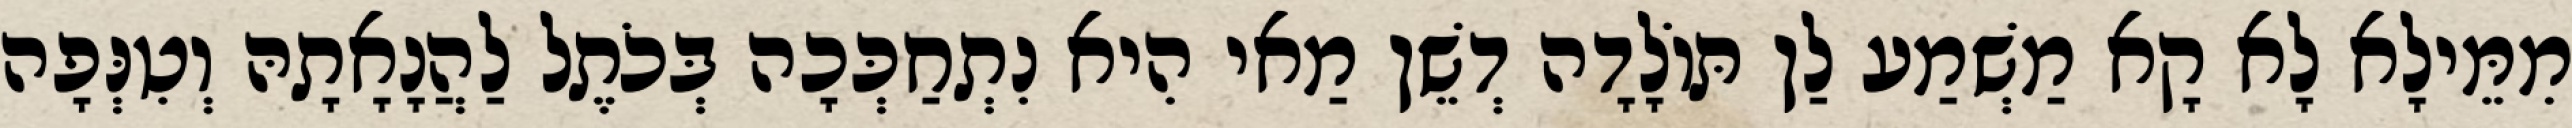
מִמֵּילָא לָא קָא מַשְׁמַע לַן תּוֹלָדָה דְשֵׁן מַאי הִיא נִתְחַכְּכָה בְּכֹתֶל לַהֲנָאָתָהּ וְטִנְּפָה